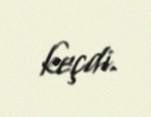
keçdi.